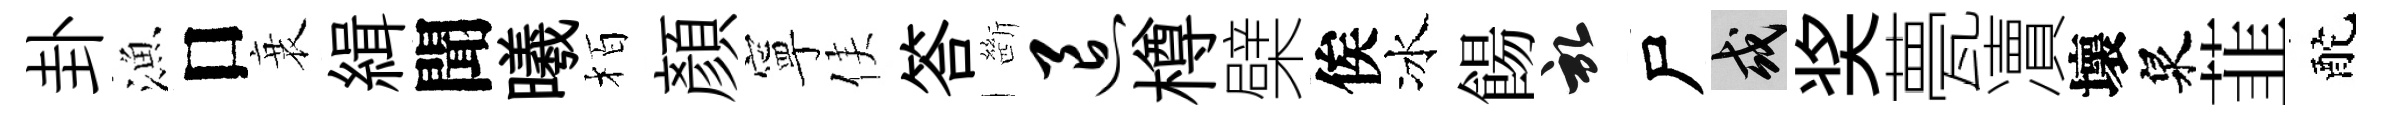
卦漁口衰緝聞曦栢顏寧侯答㫁退樽檗俟冰餳啓尸或奖甍凟壞泉韮酡